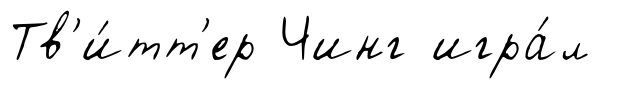
Тв'и́тт'ер Чинг игра́л